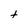
Character: t